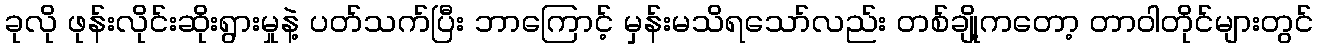
ခုလို ဖုန်းလိုင်းဆိုးရွားမှုနဲ့ ပတ်သက်ပြီး ဘာကြောင့် မှန်းမသိရသော်လည်း တစ်ချို့ကတော့ တာဝါတိုင်များတွင်